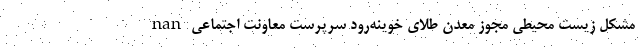
nan مشکل زیست محیطی مجوز معدن طلای خوینه‌رود سرپرست معاونت اجتماعی